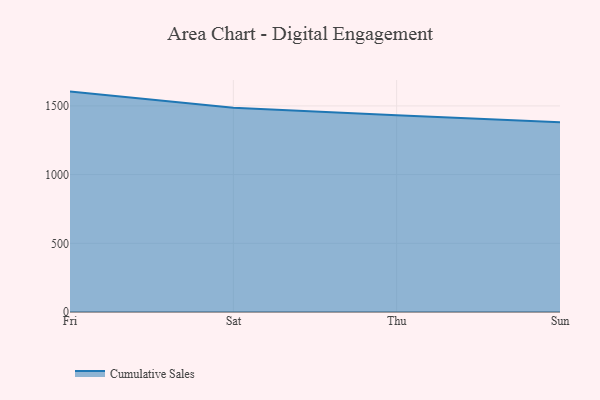
{"axis": {"x": "Day", "y": "Page Views"}, "legend": ["Cumulative Sales"], "data": [{"x": "Fri", "y": 1604.1, "type": "Cumulative Sales"}, {"x": "Sat", "y": 1487.1, "type": "Cumulative Sales"}, {"x": "Thu", "y": 1431.6, "type": "Cumulative Sales"}, {"x": "Sun", "y": 1380.4, "type": "Cumulative Sales"}]}